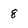
Character: 8